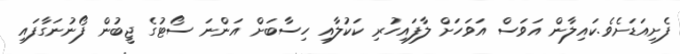
ފެށިއަޑަށެވެ.ކައިލާން އަވަސް އަވަހަށް ލާފައިހުރި ކަކުލާއި ހިސާބަށް އަންނަ ސޯޓުގެ ޖީބުން ފޯނުނަގާފައި